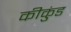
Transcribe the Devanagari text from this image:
कीकुंड